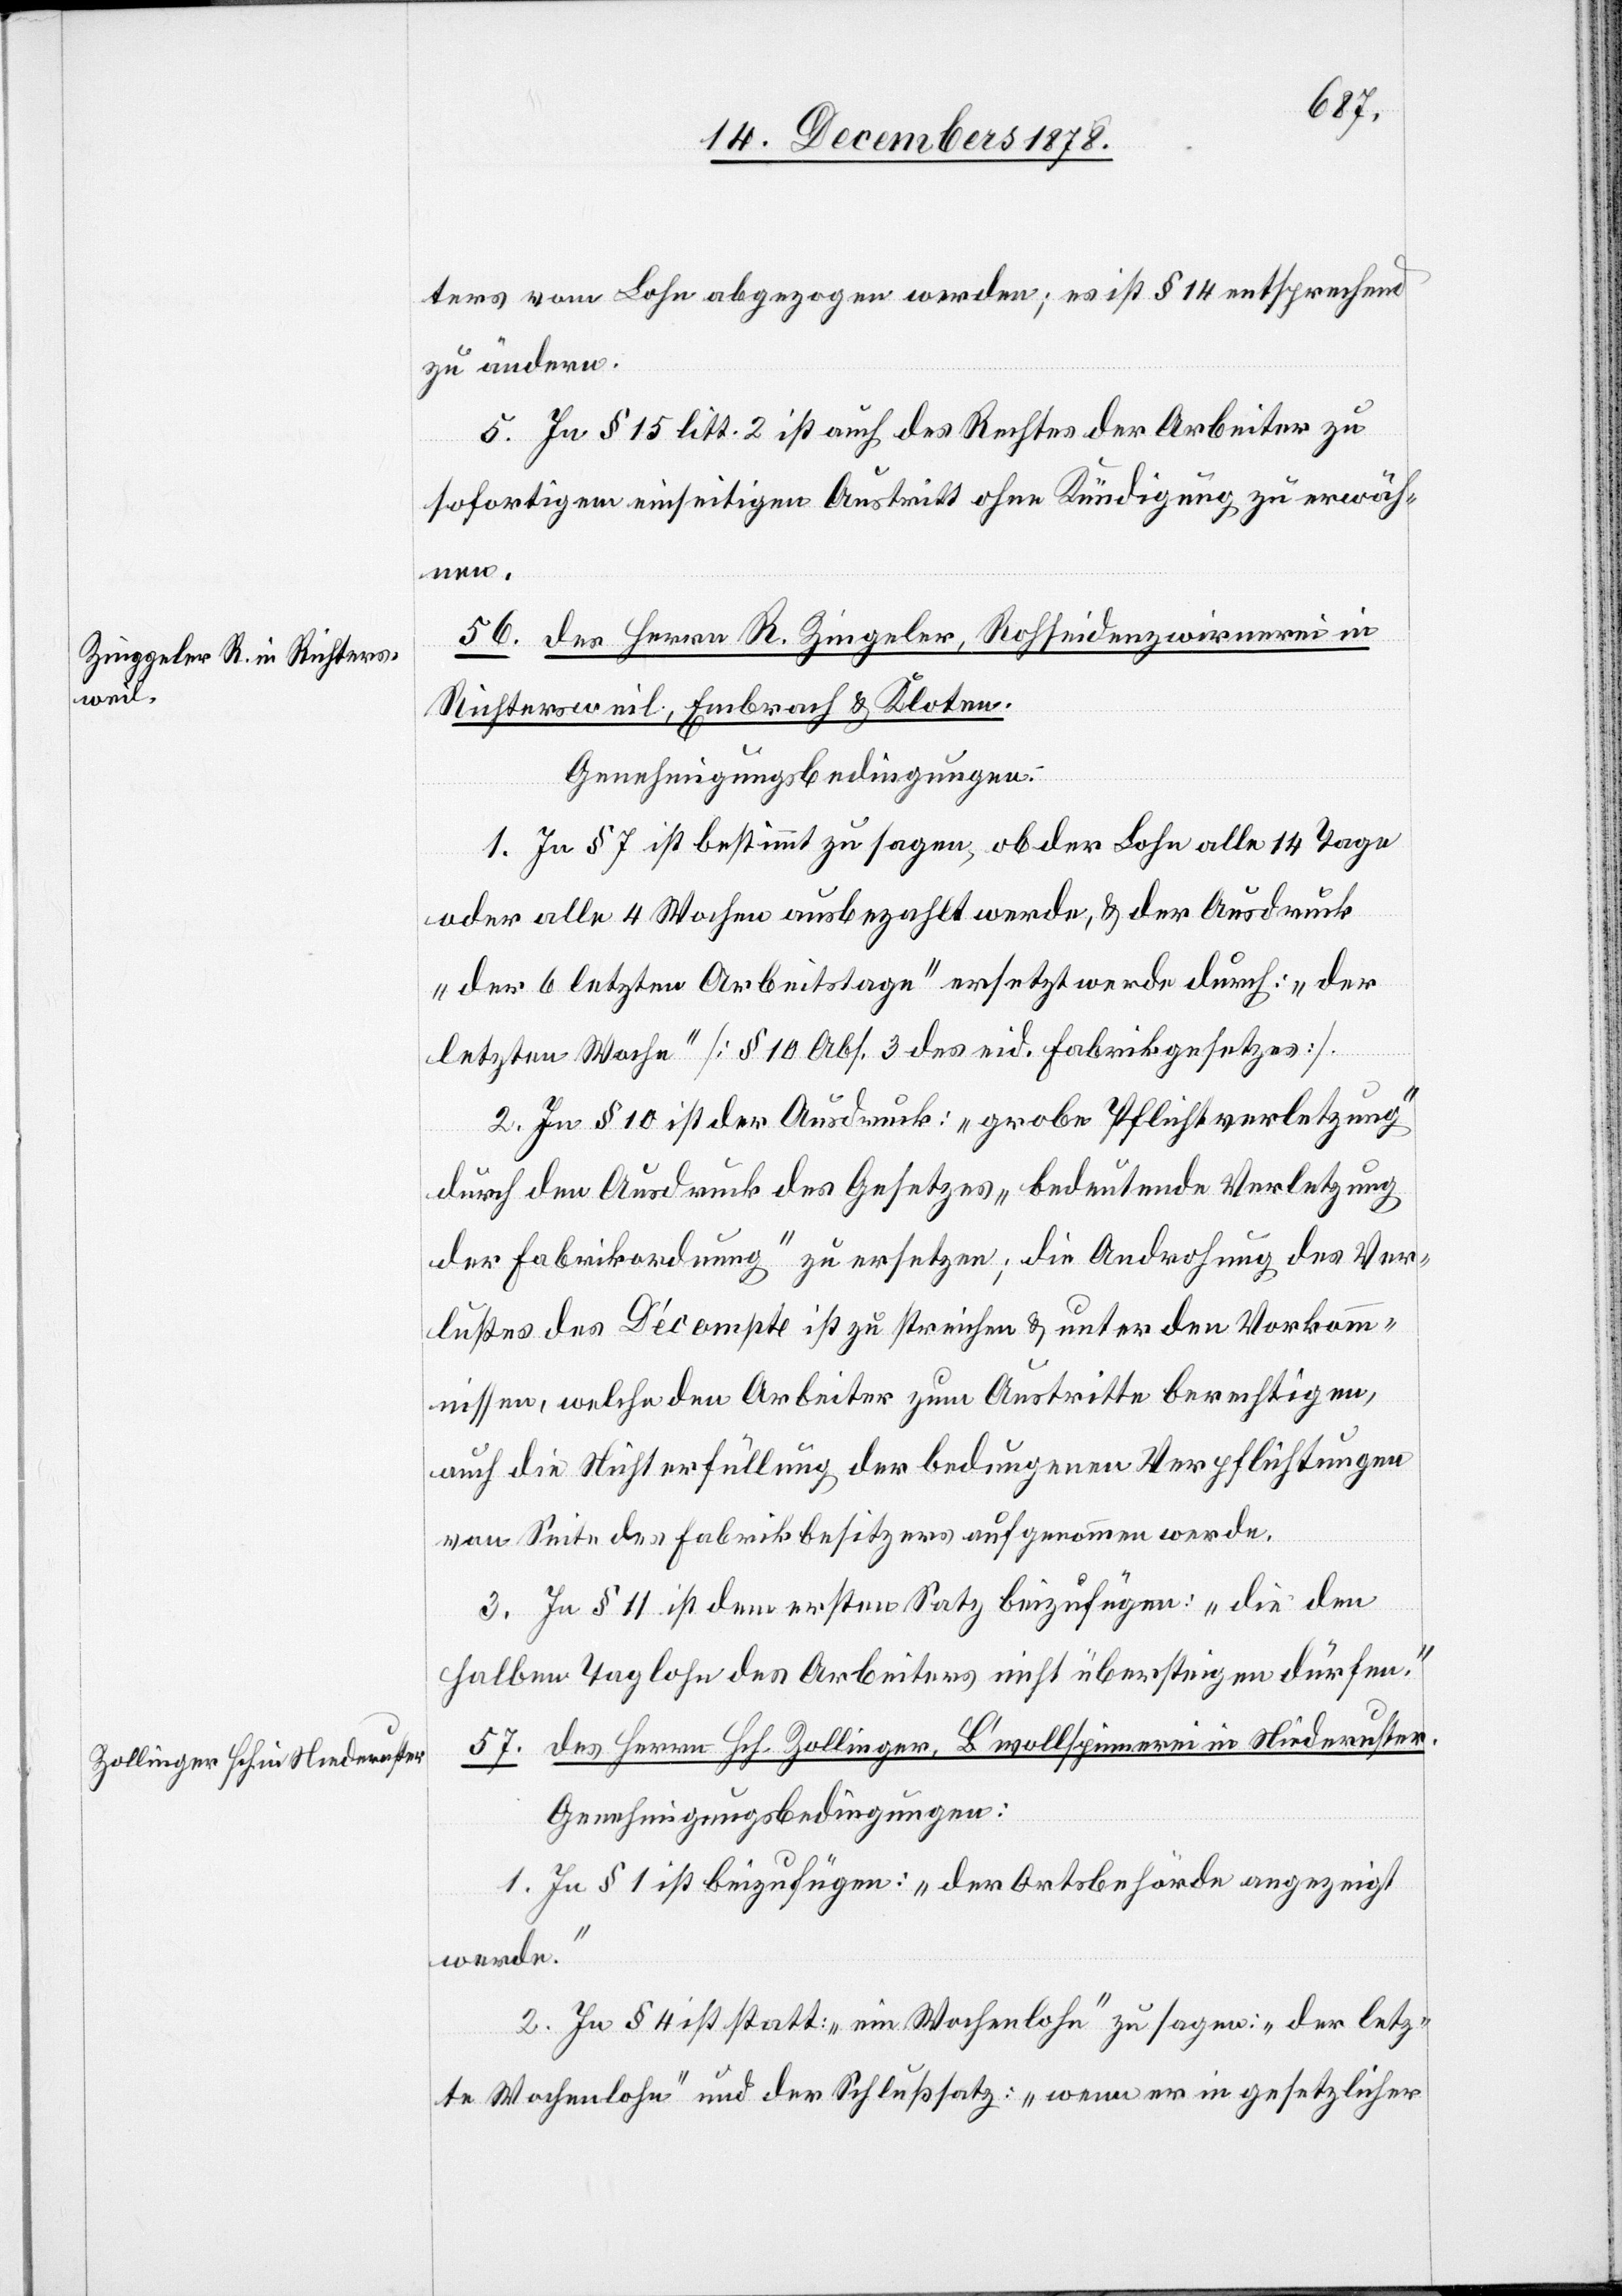
ters vom Lohn abgezogen werden; es ist § 14 entsprechend
zu ändern.
5. In § 15 litt. 2 ist auch des Rechtes der Arbeiter zu
sofortigem einseitigem Austritt ohne Kündigung zu erwäh¬
nen.
56. des Herren R. Ziegler, Rohseidenzwirnerei in
Richtersweil, Embrach & Kloten.
Genehmigungsbedingungen:
1. In § 7 ist bestimmt zu sagen, ob der Lohn alle 14 Tage
oder alle 4 Wochen ausbezahlt werde, & der Ausdruck
„der 6 letzten Arbeitstage“ ersetzt werde[n] durch: „der
letzten Woche“ [§ 10 Abs. 3 des eid. Fabrikgesetzes].
2. In § 10 ist der Ausdruck: „grobe Pflichtverletzung“
durch den Ausdruck des Gesetzes „bedeutende Verletzung
der Fabrikordnung“ zu ersetzen; die Androhung des Ver¬
lustes des Décompte ist zu streichen & unter den Vorkom¬
mnissen, welche den Arbeiter zum Austritte berechtigen,
auch die Nichterfüllung der bedungenen Verpflichtungen
von Seite des Fabrikbesitzers aufgenommen werde.
3. In § 11 ist dem ersten Satz beizufügen: „die den
halben Taglohn des Arbeiters nicht übersteigen dürfen.“
57. des Herren Hch. Zollinger, B’wollspinnerei in Niederuster.
Genehmigungsbedingungen:
1. In § 1 ist beizufügen: „der Ortsbehörde angezeigt
werde.“
2. In § 4 ist statt: „ein Wochenlohn“ zu sagen: „der letz¬
te Wochenlohn“ und der Schlußsatz: „wenn er in gesetzlicher